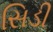
સિડી